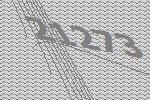
21273